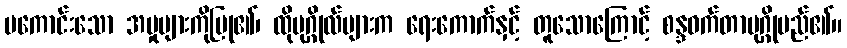
မကောင်းသော အမှုများကိုပြု၏၊ ထိုပုဂ္ဂိုလ်များက ရေးကောက်နှင့် တူသောကြောင့် စန္ဒဝက်တာပုဂ္ဂိုမည်၏။